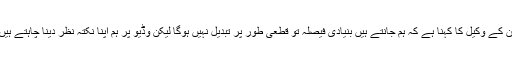
ان کے وکیل کا کہنا ہے کہ ہم جانتے ہیں بنیادی فیصلہ تو قطعی طور پر تبدیل نہیں ہوگا لیکن وڈیو پر ہم اپنا نکتہ نظر دینا چاہتے ہیں۔